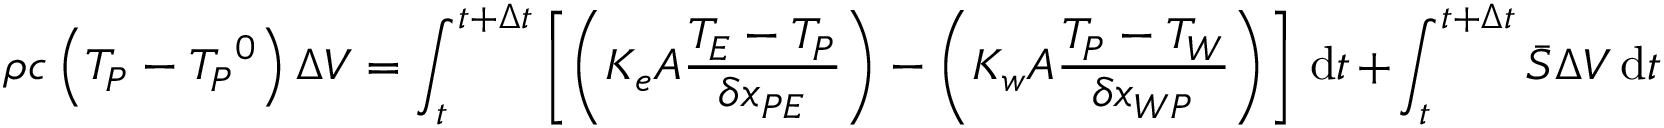
\rho c \left( T _ { P } - { T _ { P } } ^ { 0 } \right) \Delta V = \int _ { t } ^ { t + \Delta t } \left[ \left( K _ { e } A { \frac { T _ { E } - T _ { P } } { \delta x _ { P E } } } \right) - \left( K _ { w } A { \frac { T _ { P } - T _ { W } } { \delta x _ { W P } } } \right) \right] \, \mathrm { d } t + \int _ { t } ^ { t + \Delta t } { \bar { S } } \Delta V \, \mathrm { d } t